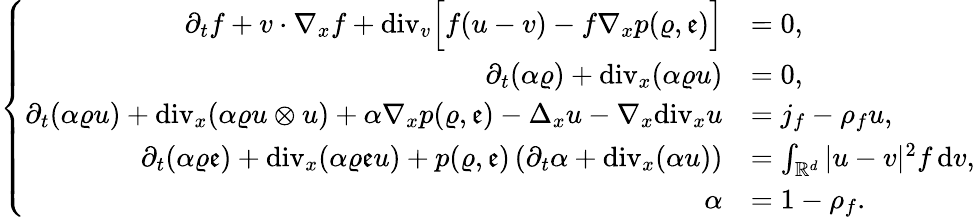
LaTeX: \left\{ \begin{array}{rl}{\partial_{t}f+v\cdot\nabla_{x}f+\mathrm{div}_{v}\Big[f(u-v)-f\nabla_{x}p(\varrho,\mathfrak{e})\Big]}&{=0,}\\ {\partial_{t}(\alpha\varrho)+\mathrm{div}_{x}(\alpha\varrho u)}&{=0,}\\ {\partial_{t}(\alpha\varrho u)+\mathrm{div}_{x}(\alpha\varrho u\otimes u)+\alpha\nabla_{x}p(\varrho,\mathfrak{e})-\Delta_{x}u-\nabla_{x}\mathrm{div}_{x}u}&{=j_{f}-\rho_{f}u,}\\ {\partial_{t}(\alpha\varrho\mathfrak{e})+\mathrm{div}_{x}(\alpha\varrho\mathfrak{e}u)+p(\varrho,\mathfrak{e})\left(\partial_{t}\alpha+\mathrm{div}_{x}(\alpha u)\right)}&{=\int_{\mathbb R^{d}}\vert u-v\vert^{2}f\, \mathrm{d}v,}\\ {\alpha}&{=1-\rho_{f}.}\end{array}\right.